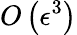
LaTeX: O\left(\epsilon^{3}\right)